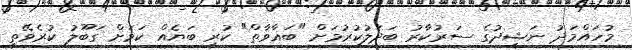
މުހައްމަދު ނަޝީދުގެ ސަރުކާރު ބަދަލުކުރުމަށް "ބަޣާވާތް" ކުރި ބަޔެއް ކަމަށް ގަބޫލު ކުރެވޭތީ